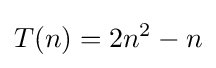
T(n)=2n^{2}-n